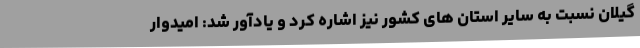
گیلان نسبت به سایر استان های کشور نیز اشاره کرد و یادآور شد: امیدوار